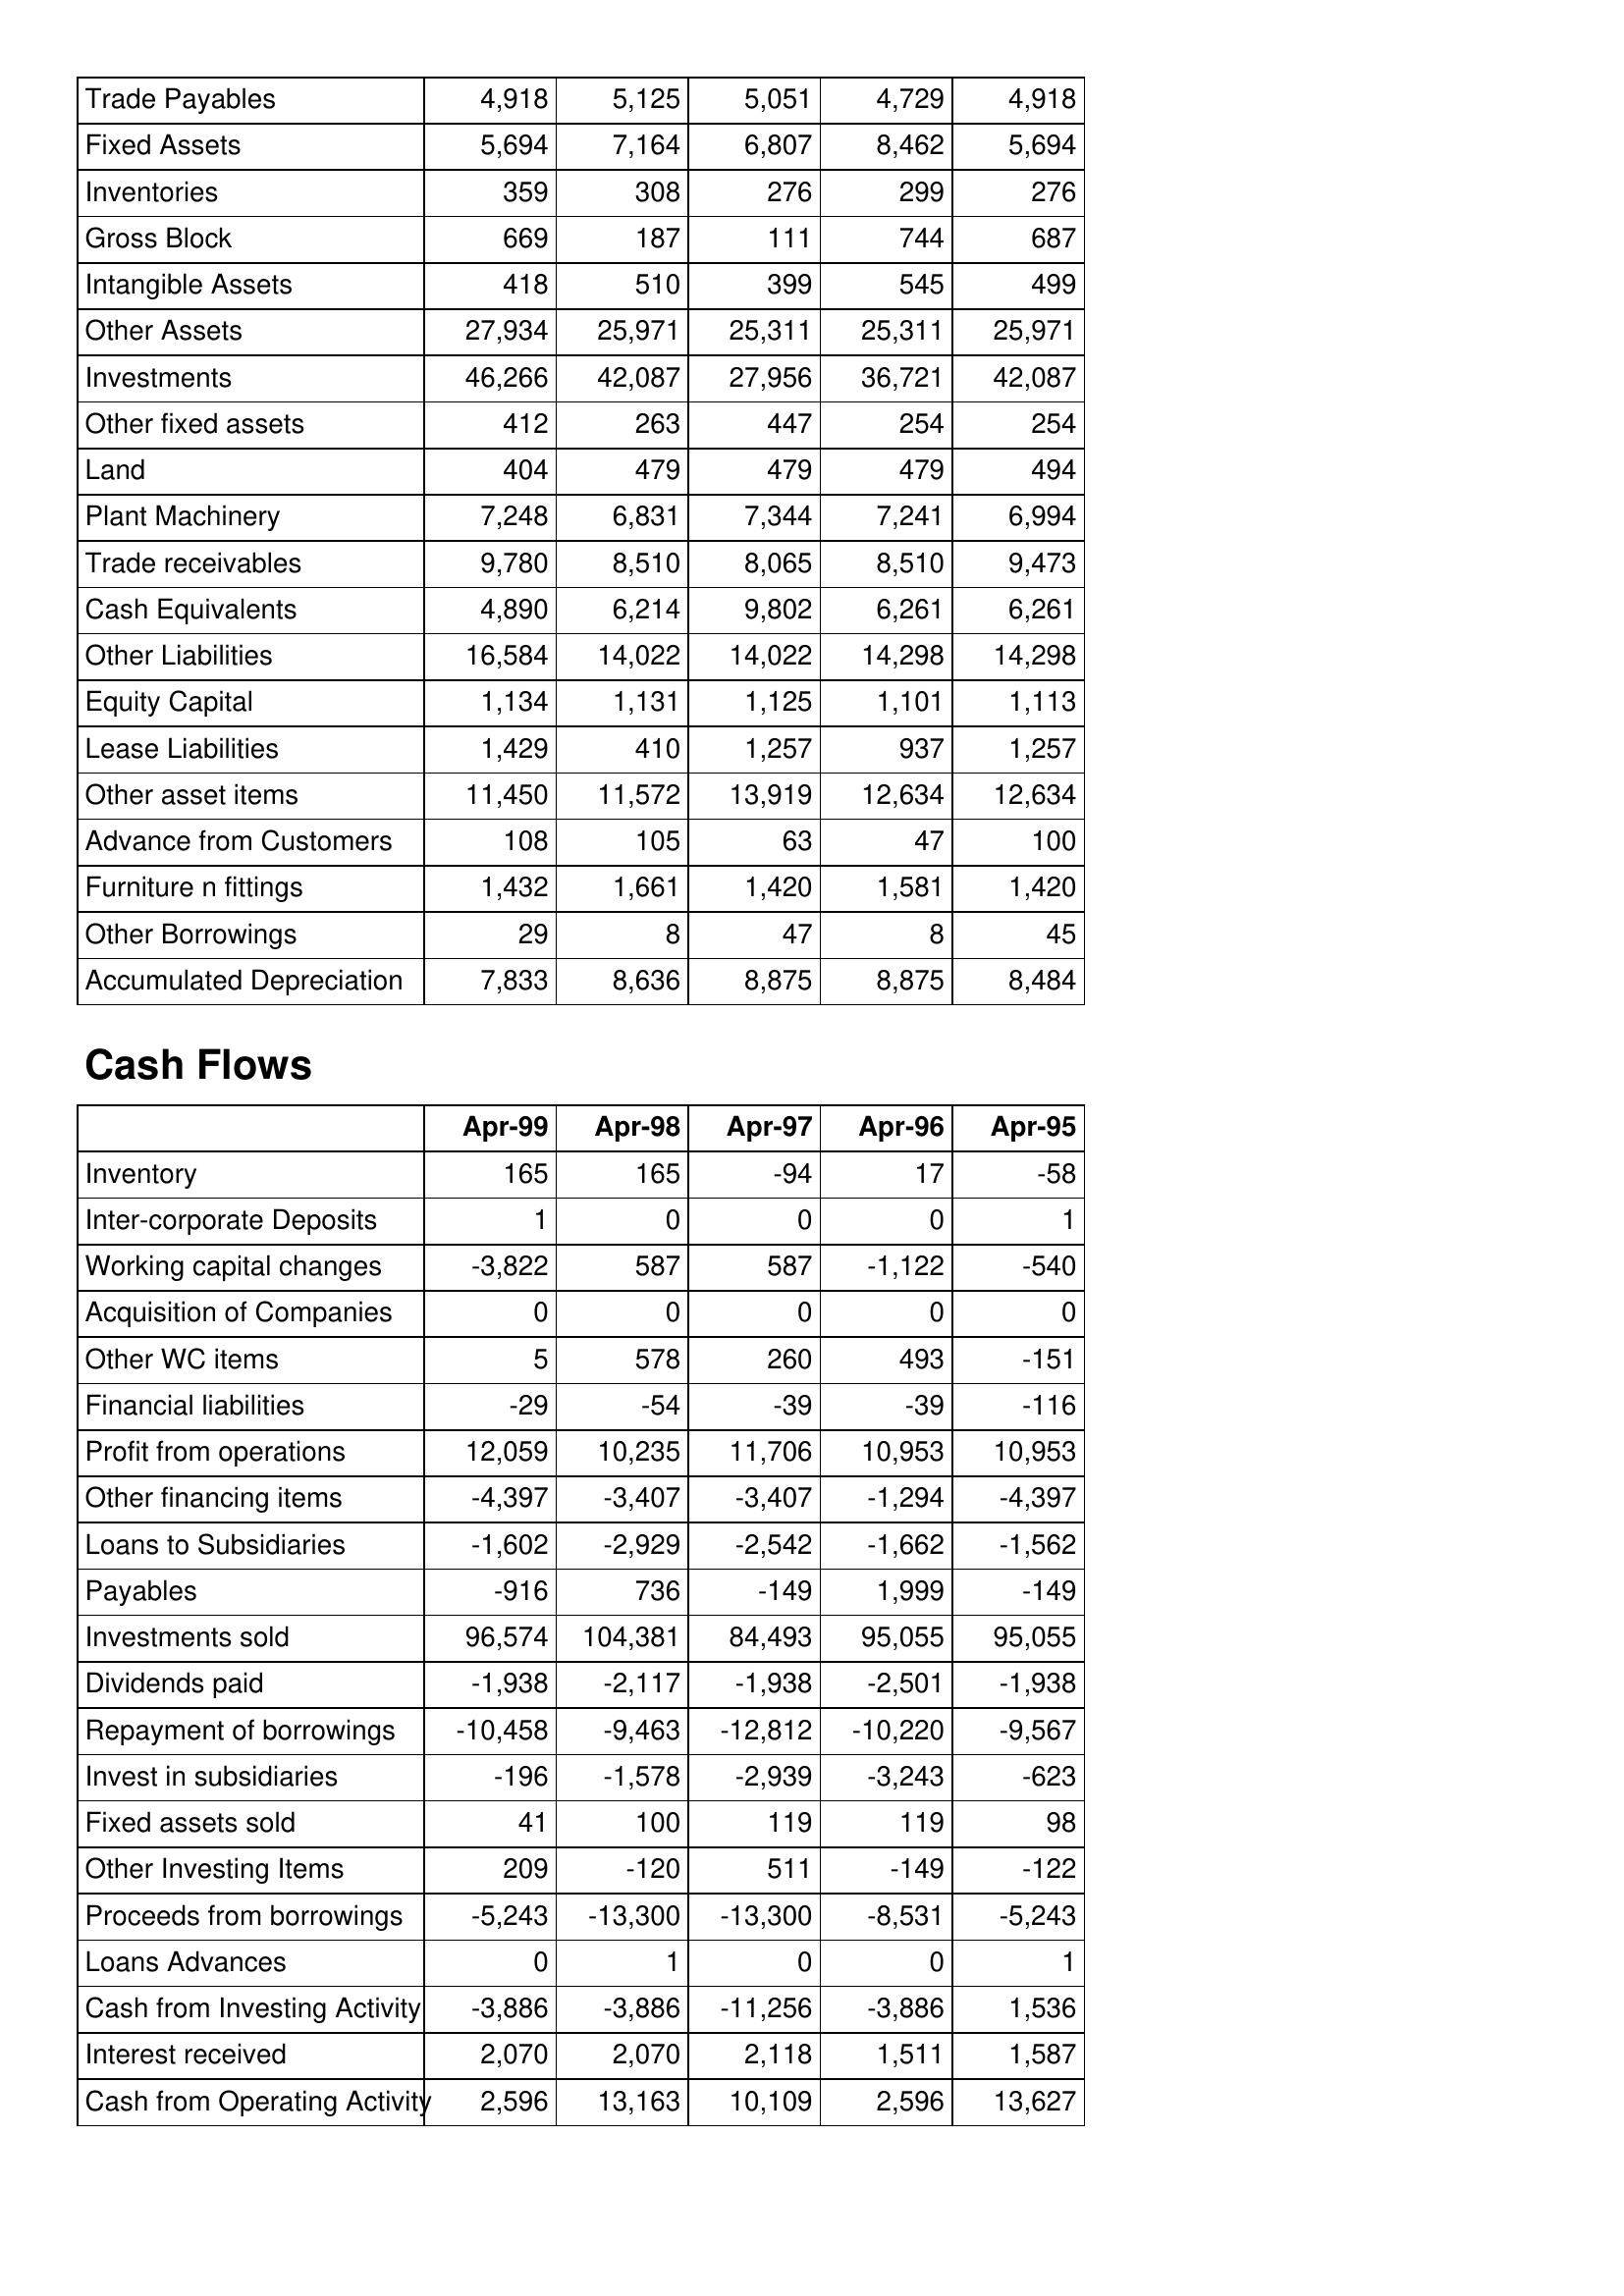
Apr-99: Balance Sheet: Trade Payables: 4,918
Fixed Assets: 5,694
Inventories: 359
Gross Block: 669
Intangible Assets: 418
Other Assets: 27,934
Investments: 46,266
Other fixed assets: 412
Land: 404
Plant Machinery: 7,248
Trade receivables: 9,780
Cash Equivalents: 4,890
Other Liabilities: 16,584
Equity Capital: 1,134
Lease Liabilities: 1,429
Other asset items: 11,450
Advance from Customers: 108
Furniture n fittings: 1,432
Other Borrowings: 29
Accumulated Depreciation: 7,833
Cash Flows: Inventory: 165
Inter-corporate Deposits: 1
Working capital changes: -3,822
Acquisition of Companies: 0
Other WC items: 5
Financial liabilities: -29
Profit from operations: 12,059
Other financing items: -4,397
Loans to Subsidiaries: -1,602
Payables: -916
Investments sold: 96,574
Dividends paid: -1,938
Repayment of borrowings: -10,458
Invest in subsidiaries: -196
Fixed assets sold: 41
Other Investing Items: 209
Proceeds from borrowings: -5,243
Loans Advances: 0
Cash from Investing Activity: -3,886
Interest received: 2,070
Cash from Operating Activity: 2,596
Apr-98: Balance Sheet: Trade Payables: 5,125
Fixed Assets: 7,164
Inventories: 308
Gross Block: 187
Intangible Assets: 510
Other Assets: 25,971
Investments: 42,087
Other fixed assets: 263
Land: 479
Plant Machinery: 6,831
Trade receivables: 8,510
Cash Equivalents: 6,214
Other Liabilities: 14,022
Equity Capital: 1,131
Lease Liabilities: 410
Other asset items: 11,572
Advance from Customers: 105
Furniture n fittings: 1,661
Other Borrowings: 8
Accumulated Depreciation: 8,636
Cash Flows: Inventory: 165
Inter-corporate Deposits: 0
Working capital changes: 587
Acquisition of Companies: 0
Other WC items: 578
Financial liabilities: -54
Profit from operations: 10,235
Other financing items: -3,407
Loans to Subsidiaries: -2,929
Payables: 736
Investments sold: 104,381
Dividends paid: -2,117
Repayment of borrowings: -9,463
Invest in subsidiaries: -1,578
Fixed assets sold: 100
Other Investing Items: -120
Proceeds from borrowings: -13,300
Loans Advances: 1
Cash from Investing Activity: -3,886
Interest received: 2,070
Cash from Operating Activity: 13,163
Apr-97: Balance Sheet: Trade Payables: 5,051
Fixed Assets: 6,807
Inventories: 276
Gross Block: 111
Intangible Assets: 399
Other Assets: 25,311
Investments: 27,956
Other fixed assets: 447
Land: 479
Plant Machinery: 7,344
Trade receivables: 8,065
Cash Equivalents: 9,802
Other Liabilities: 14,022
Equity Capital: 1,125
Lease Liabilities: 1,257
Other asset items: 13,919
Advance from Customers: 63
Furniture n fittings: 1,420
Other Borrowings: 47
Accumulated Depreciation: 8,875
Cash Flows: Inventory: -94
Inter-corporate Deposits: 0
Working capital changes: 587
Acquisition of Companies: 0
Other WC items: 260
Financial liabilities: -39
Profit from operations: 11,706
Other financing items: -3,407
Loans to Subsidiaries: -2,542
Payables: -149
Investments sold: 84,493
Dividends paid: -1,938
Repayment of borrowings: -12,812
Invest in subsidiaries: -2,939
Fixed assets sold: 119
Other Investing Items: 511
Proceeds from borrowings: -13,300
Loans Advances: 0
Cash from Investing Activity: -11,256
Interest received: 2,118
Cash from Operating Activity: 10,109
Apr-96: Balance Sheet: Trade Payables: 4,729
Fixed Assets: 8,462
Inventories: 299
Gross Block: 744
Intangible Assets: 545
Other Assets: 25,311
Investments: 36,721
Other fixed assets: 254
Land: 479
Plant Machinery: 7,241
Trade receivables: 8,510
Cash Equivalents: 6,261
Other Liabilities: 14,298
Equity Capital: 1,101
Lease Liabilities: 937
Other asset items: 12,634
Advance from Customers: 47
Furniture n fittings: 1,581
Other Borrowings: 8
Accumulated Depreciation: 8,875
Cash Flows: Inventory: 17
Inter-corporate Deposits: 0
Working capital changes: -1,122
Acquisition of Companies: 0
Other WC items: 493
Financial liabilities: -39
Profit from operations: 10,953
Other financing items: -1,294
Loans to Subsidiaries: -1,662
Payables: 1,999
Investments sold: 95,055
Dividends paid: -2,501
Repayment of borrowings: -10,220
Invest in subsidiaries: -3,243
Fixed assets sold: 119
Other Investing Items: -149
Proceeds from borrowings: -8,531
Loans Advances: 0
Cash from Investing Activity: -3,886
Interest received: 1,511
Cash from Operating Activity: 2,596
Apr-95: Balance Sheet: Trade Payables: 4,918
Fixed Assets: 5,694
Inventories: 276
Gross Block: 687
Intangible Assets: 499
Other Assets: 25,971
Investments: 42,087
Other fixed assets: 254
Land: 494
Plant Machinery: 6,994
Trade receivables: 9,473
Cash Equivalents: 6,261
Other Liabilities: 14,298
Equity Capital: 1,113
Lease Liabilities: 1,257
Other asset items: 12,634
Advance from Customers: 100
Furniture n fittings: 1,420
Other Borrowings: 45
Accumulated Depreciation: 8,484
Cash Flows: Inventory: -58
Inter-corporate Deposits: 1
Working capital changes: -540
Acquisition of Companies: 0
Other WC items: -151
Financial liabilities: -116
Profit from operations: 10,953
Other financing items: -4,397
Loans to Subsidiaries: -1,562
Payables: -149
Investments sold: 95,055
Dividends paid: -1,938
Repayment of borrowings: -9,567
Invest in subsidiaries: -623
Fixed assets sold: 98
Other Investing Items: -122
Proceeds from borrowings: -5,243
Loans Advances: 1
Cash from Investing Activity: 1,536
Interest received: 1,587
Cash from Operating Activity: 13,627